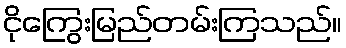
ငိုကြွေးမြည်တမ်းကြသည်။